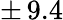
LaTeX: \pm\, 9.4